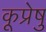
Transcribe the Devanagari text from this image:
कूप्रेषु